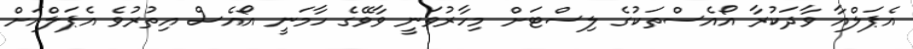
އެޕަލްއާ ވާދަކުރާ އޯއެސްތަކުގެ ލިސްޓަށް މިހާރުވަނީ ވާވޭގެ ހާމަނީ އޯއެސް އިތުރުވެ އެޕަލްއަށް